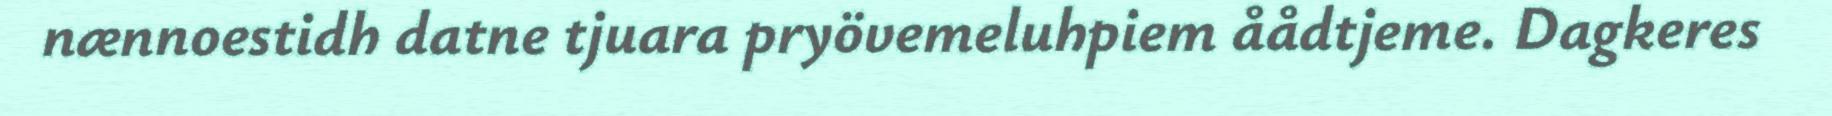
nænnoestidh datne tjuara pryövemeluhpiem åådtjeme. Dagkeres